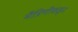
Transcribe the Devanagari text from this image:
मैत्रिणीकडून